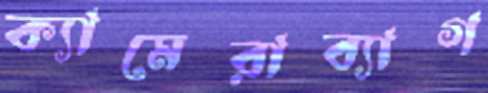
ক্যামেরাব্যাগ